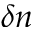
\delta n